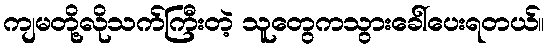
ကျမတို့လိုသက်ကြီးတဲ့ သူတွေကသွားခေါ်ပေးရတယ်။